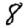
Digit: 8